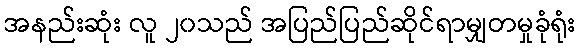
အနည်းဆုံး လူ ၂၀သည် အပြည်ပြည်ဆိုင်ရာမျှတမှုခုံရုံး